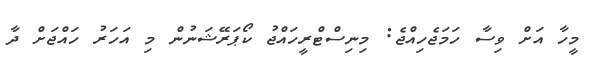
މީހާ އަށް ވިސާ ހަމަޖެހިއްޖެ: މިނިސްޓްރީހައްޖު ކޯޕަރޭޝަނުން މި އަހަރު ހައްޖަށް ދާ